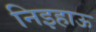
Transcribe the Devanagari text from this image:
निइहाऊ